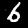
Digit: 6